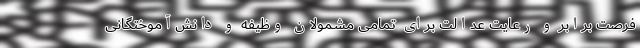
فرصت برابر و رعایت عدالت برای تمامی مشمولان وظیفه و دانش‌آموختگانی